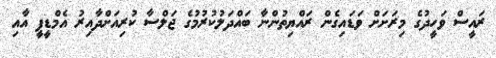
ރައީސް ވަހީދުގެ މިރަށަށް ވަޑައިގެން ރައްޔިތުންނާ ބައްދަލުކުރުމުގެ ޖަލްސާ ކުރިއަށްދާއިރު އެމްޑީޕީ އާއި